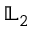
{ \mathbb L } _ { 2 }